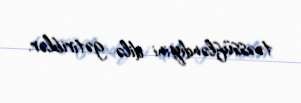
təəssüfləndiyini dilə gətiriblər.